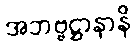
အဘဗ္ဗဋ္ဌာနာနိ